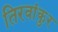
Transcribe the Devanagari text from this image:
तिरवांकुर